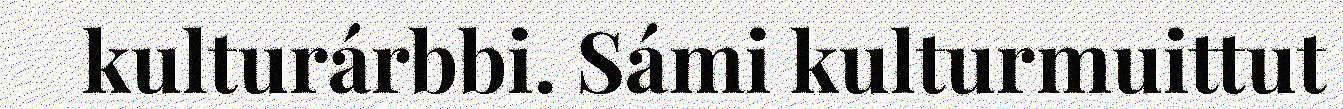
kulturárbbi. Sámi kulturmuittut